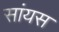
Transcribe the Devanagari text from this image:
सांयस